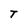
Character: T